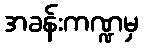
အခန်းကဏ္ဍမှ